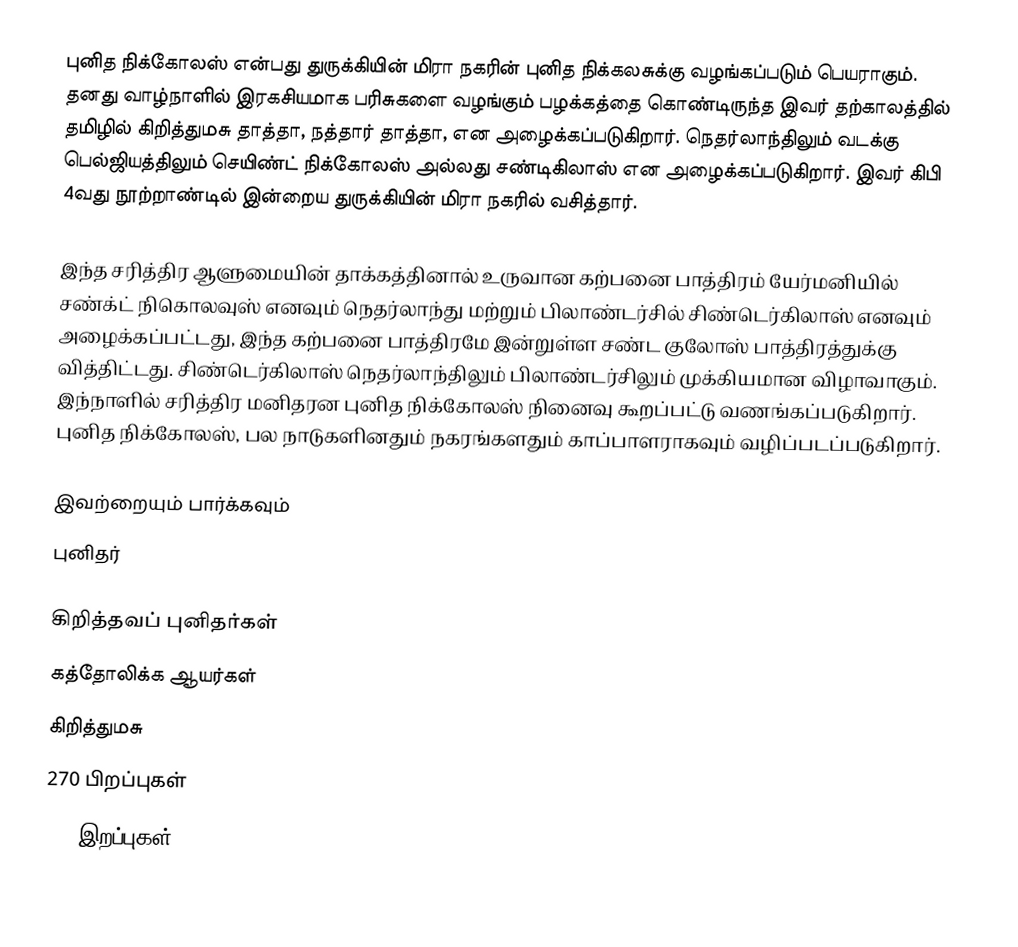
புனித நிக்கோலஸ் என்பது துருக்கியின் மிரா நகரின் புனித நிக்கலசுக்கு வழங்கப்படும் பெயராகும். தனது வாழ்நாளில் இரகசியமாக பரிசுகளை வழங்கும் பழக்கத்தை கொண்டிருந்த இவர் தற்காலத்தில் தமிழில் கிறித்துமசு தாத்தா, நத்தார் தாத்தா, என அழைக்கப்படுகிறார். நெதர்லாந்திலும் வடக்கு பெல்ஜியத்திலும் செயிண்ட் நிக்கோலஸ் அல்லது சண்டிகிலாஸ் என அழைக்கப்படுகிறார். இவர் கிபி 4வது நூற்றாண்டில் இன்றைய துருக்கியின் மிரா நகரில் வசித்தார்.

இந்த சரித்திர ஆளுமையின் தாக்கத்தினால் உருவான கற்பனை பாத்திரம் யேர்மனியில் சண்க்ட் நிகொலவுஸ் எனவும் நெதர்லாந்து மற்றும் பிலாண்டர்சில் சிண்டெர்கிலாஸ் எனவும் அழைக்கப்பட்டது, இந்த கற்பனை பாத்திரமே இன்றுள்ள சண்ட குலோஸ் பாத்திரத்துக்கு வித்திட்டது. சிண்டெர்கிலாஸ் நெதர்லாந்திலும் பிலாண்டர்சிலும் முக்கியமான விழாவாகும். இந்நாளில் சரித்திர மனிதரன புனித நிக்கோலஸ் நினைவு கூறப்பட்டு வணங்கப்படுகிறார். புனித நிக்கோலஸ், பல நாடுகளினதும் நகரங்களதும் காப்பாளராகவும் வழிப்படப்படுகிறார்.

இவற்றையும் பார்க்கவும்
 புனிதர்

கிறித்தவப் புனிதர்கள்
கத்தோலிக்க ஆயர்கள்
கிறித்துமசு
270 பிறப்புகள்
343 இறப்புகள்